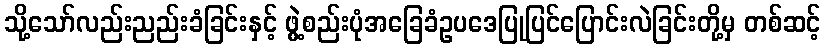
သို့သော်လည်းညည်းခံခြင်းနှင့် ဖွဲ့စည်းပုံအခြေခံဥပဒေပြုပြင်ပြောင်းလဲခြင်းတို့မှ တစ်ဆင့်